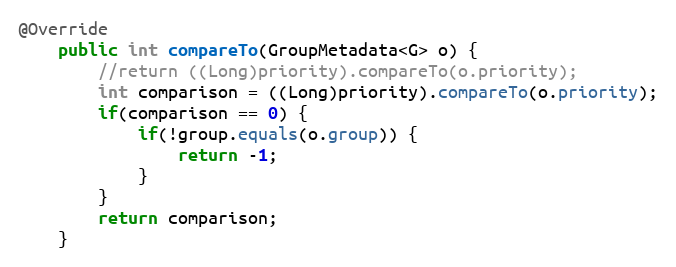
Language: Java
@Override
    public int compareTo(GroupMetadata<G> o) {
        //return ((Long)priority).compareTo(o.priority);
        int comparison = ((Long)priority).compareTo(o.priority);
        if(comparison == 0) {
            if(!group.equals(o.group)) {
                return -1;
            }
        }
        return comparison;
    }